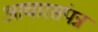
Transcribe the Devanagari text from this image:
आचारसंपन्न